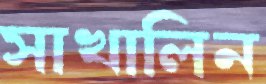
সাখালিন